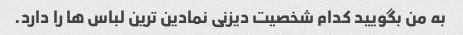
به من بگویید کدام شخصیت دیزنی نمادین ترین لباس ها را دارد.